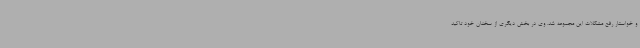
و خواستار رفع مشکلات این مجموعه شد. وی در بخش دیگری از سخنان خود تاکید